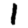
Digit: 1